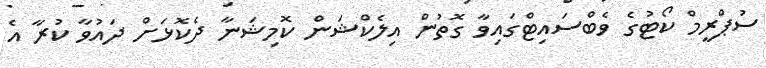
ސުޕްރީމް ކޯޓުގެ ވެބްސައިޓްގައިވާ ގޮތުން އިލެކްޝަން ކޮމިޝަނާ ދެކޮޅަށް ދައުވާ ކުރާ އެ